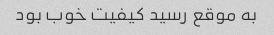
به موقع رسید کیفیت خوب بود